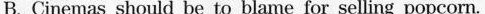
B.Cinemas should be to blame for selling popcorn.